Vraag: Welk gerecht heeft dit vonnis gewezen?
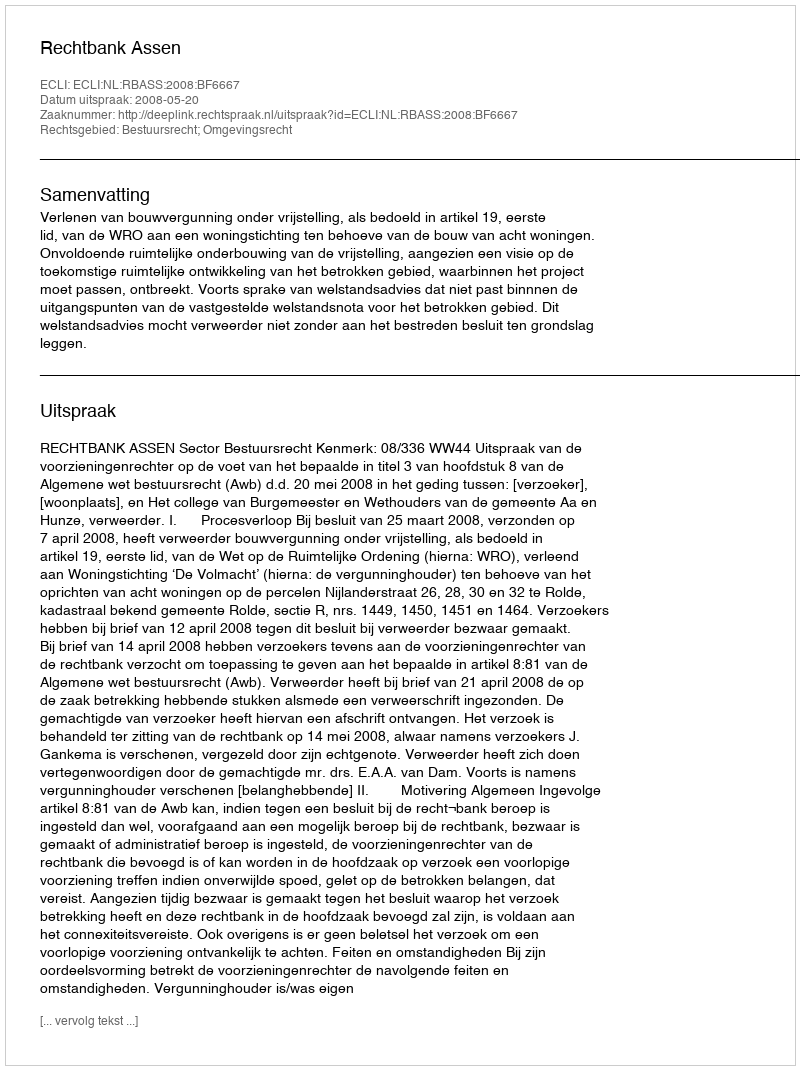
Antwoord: Rechtbank Assen